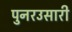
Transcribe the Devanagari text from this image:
पुनरउसारी